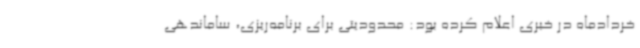
خردادماه در خبری اعلام کرده بود: محدودیتی برای برنامه‌ریزی، ساماندهی